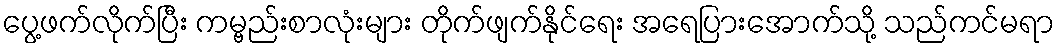
ပွေ့ဖက်လိုက်ပြီး ကမ္ဗည်းစာလုံးများ တိုက်ဖျက်နိုင်ရေး အရေပြားအောက်သို့ သည်ကင်မရာ